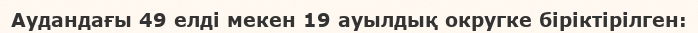
Аудандағы 49 елді мекен 19 ауылдық округке біріктірілген: